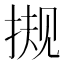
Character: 𰓻